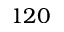
1 2 0